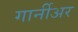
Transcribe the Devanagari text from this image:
गार्नीअर